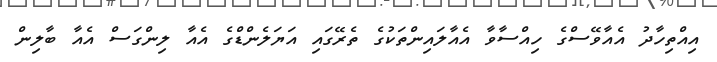
އިއްތިހާދު އެއާވޭސްގެ ހިއްސާވާ އެއާލައިންތަކުގެ ތެރޭގައި އަޔަލެންޑްގެ އެއާ ލިންގަސް އެއާ ބާލިން